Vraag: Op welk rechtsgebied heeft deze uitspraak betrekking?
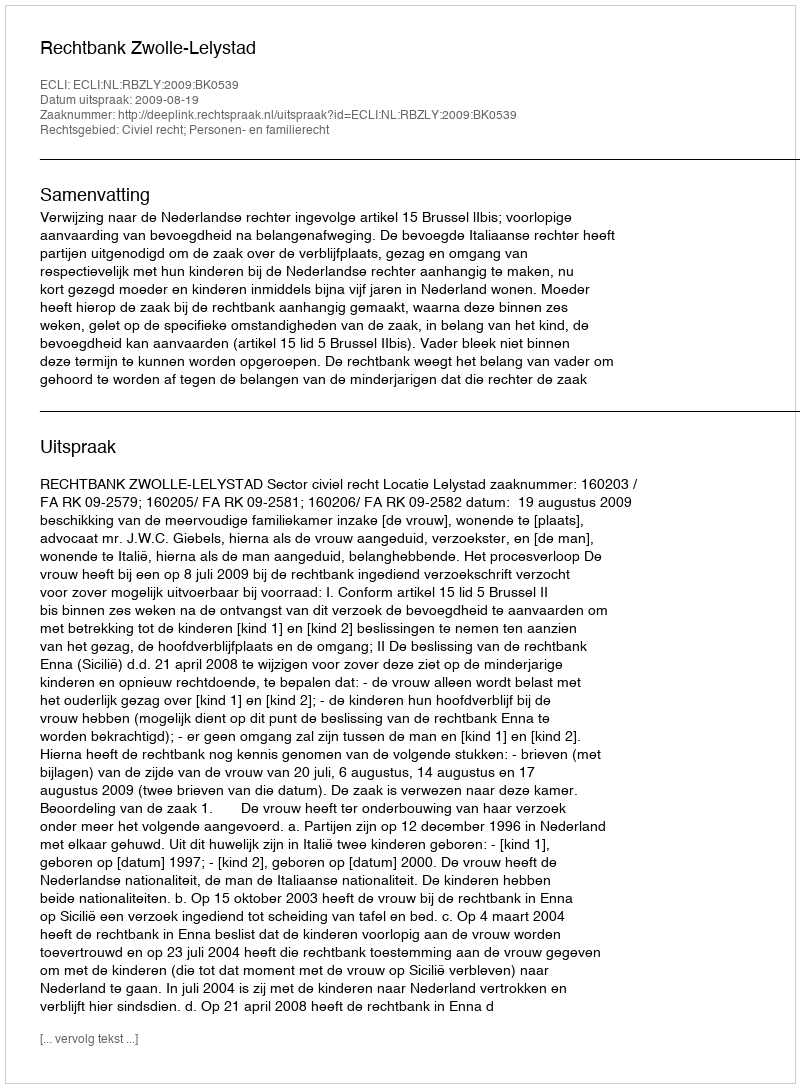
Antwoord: Civiel recht; Personen- en familierecht